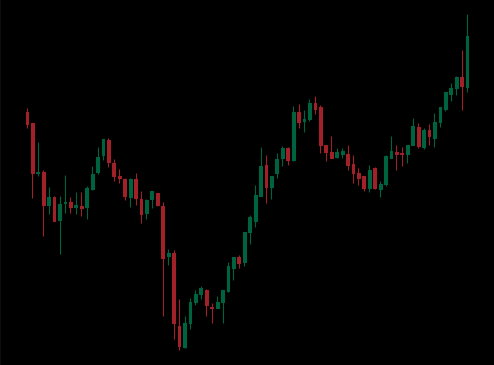
Pattern: inverse_head_shoulders